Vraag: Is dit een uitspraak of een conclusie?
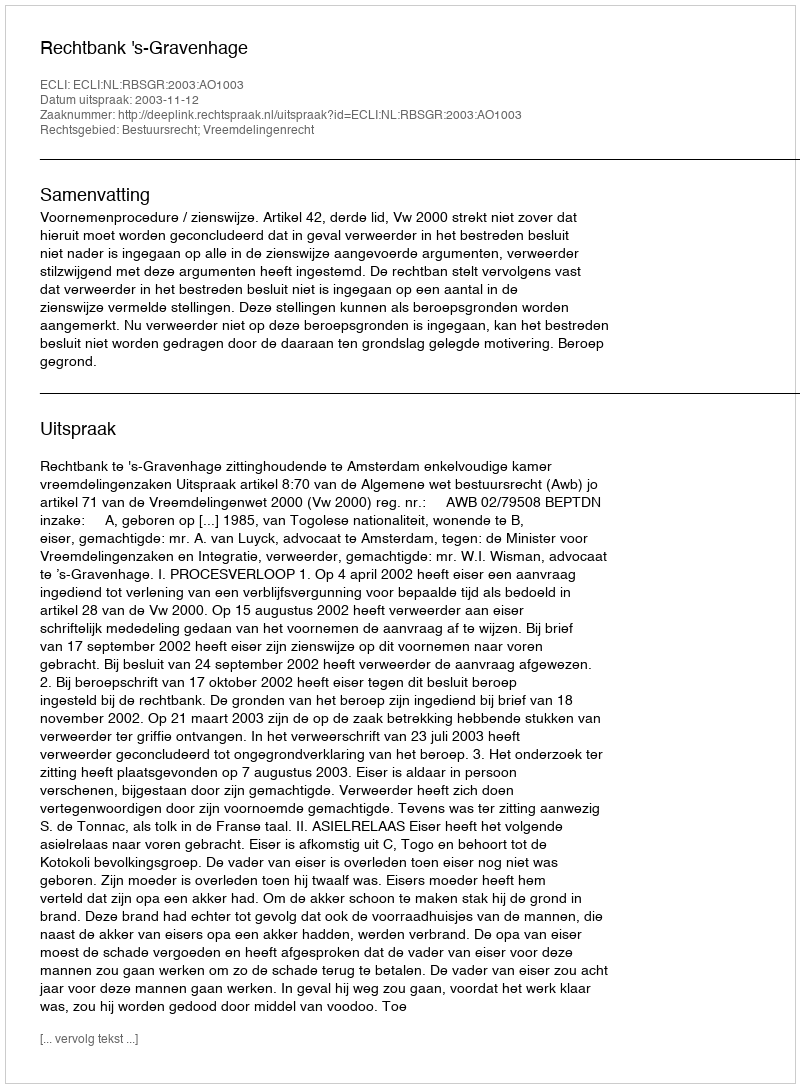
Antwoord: Uitspraak